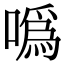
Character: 噅